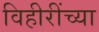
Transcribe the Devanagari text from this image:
विहीरींच्या